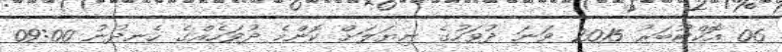
06 އޮކްޓޫބަރު 2015 ވަނަ ދުވަހުގެ ނިޔަލަށް ކޮންމެ ދުވަހެއްގެ ހެނދުނު 09:00